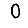
Digit: 0